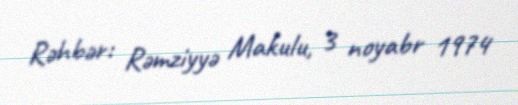
Rəhbər: Rəmziyyə Makulu, 3 noyabr 1974